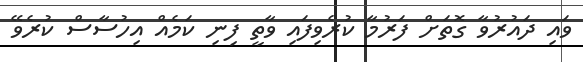
ވައި ދައުރުވާ ގޮތަށް ފަރުމާ ކުރެވިފައި ވާތީ ފިނި ކަމެއް އިހުސާސް ކުރެވޭ